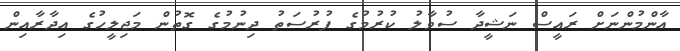
އާންމުންނަށް ރައީސް ނަޝީދާ ސުވާލު ކުރުމުގެ ފުރުސަތު ދިނުމުގެ ގޮތުން މަޖިލީހުގެ އިދާރާއިން